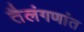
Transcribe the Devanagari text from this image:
तैलंगणांत